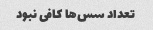
تعداد سس‌ها کافی نبود